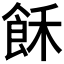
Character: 𲋕